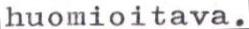
huomioitava.